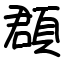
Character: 頵